NAE_ERA_R-1950_Eesti_Ajakirjanike_Liit, lk 91
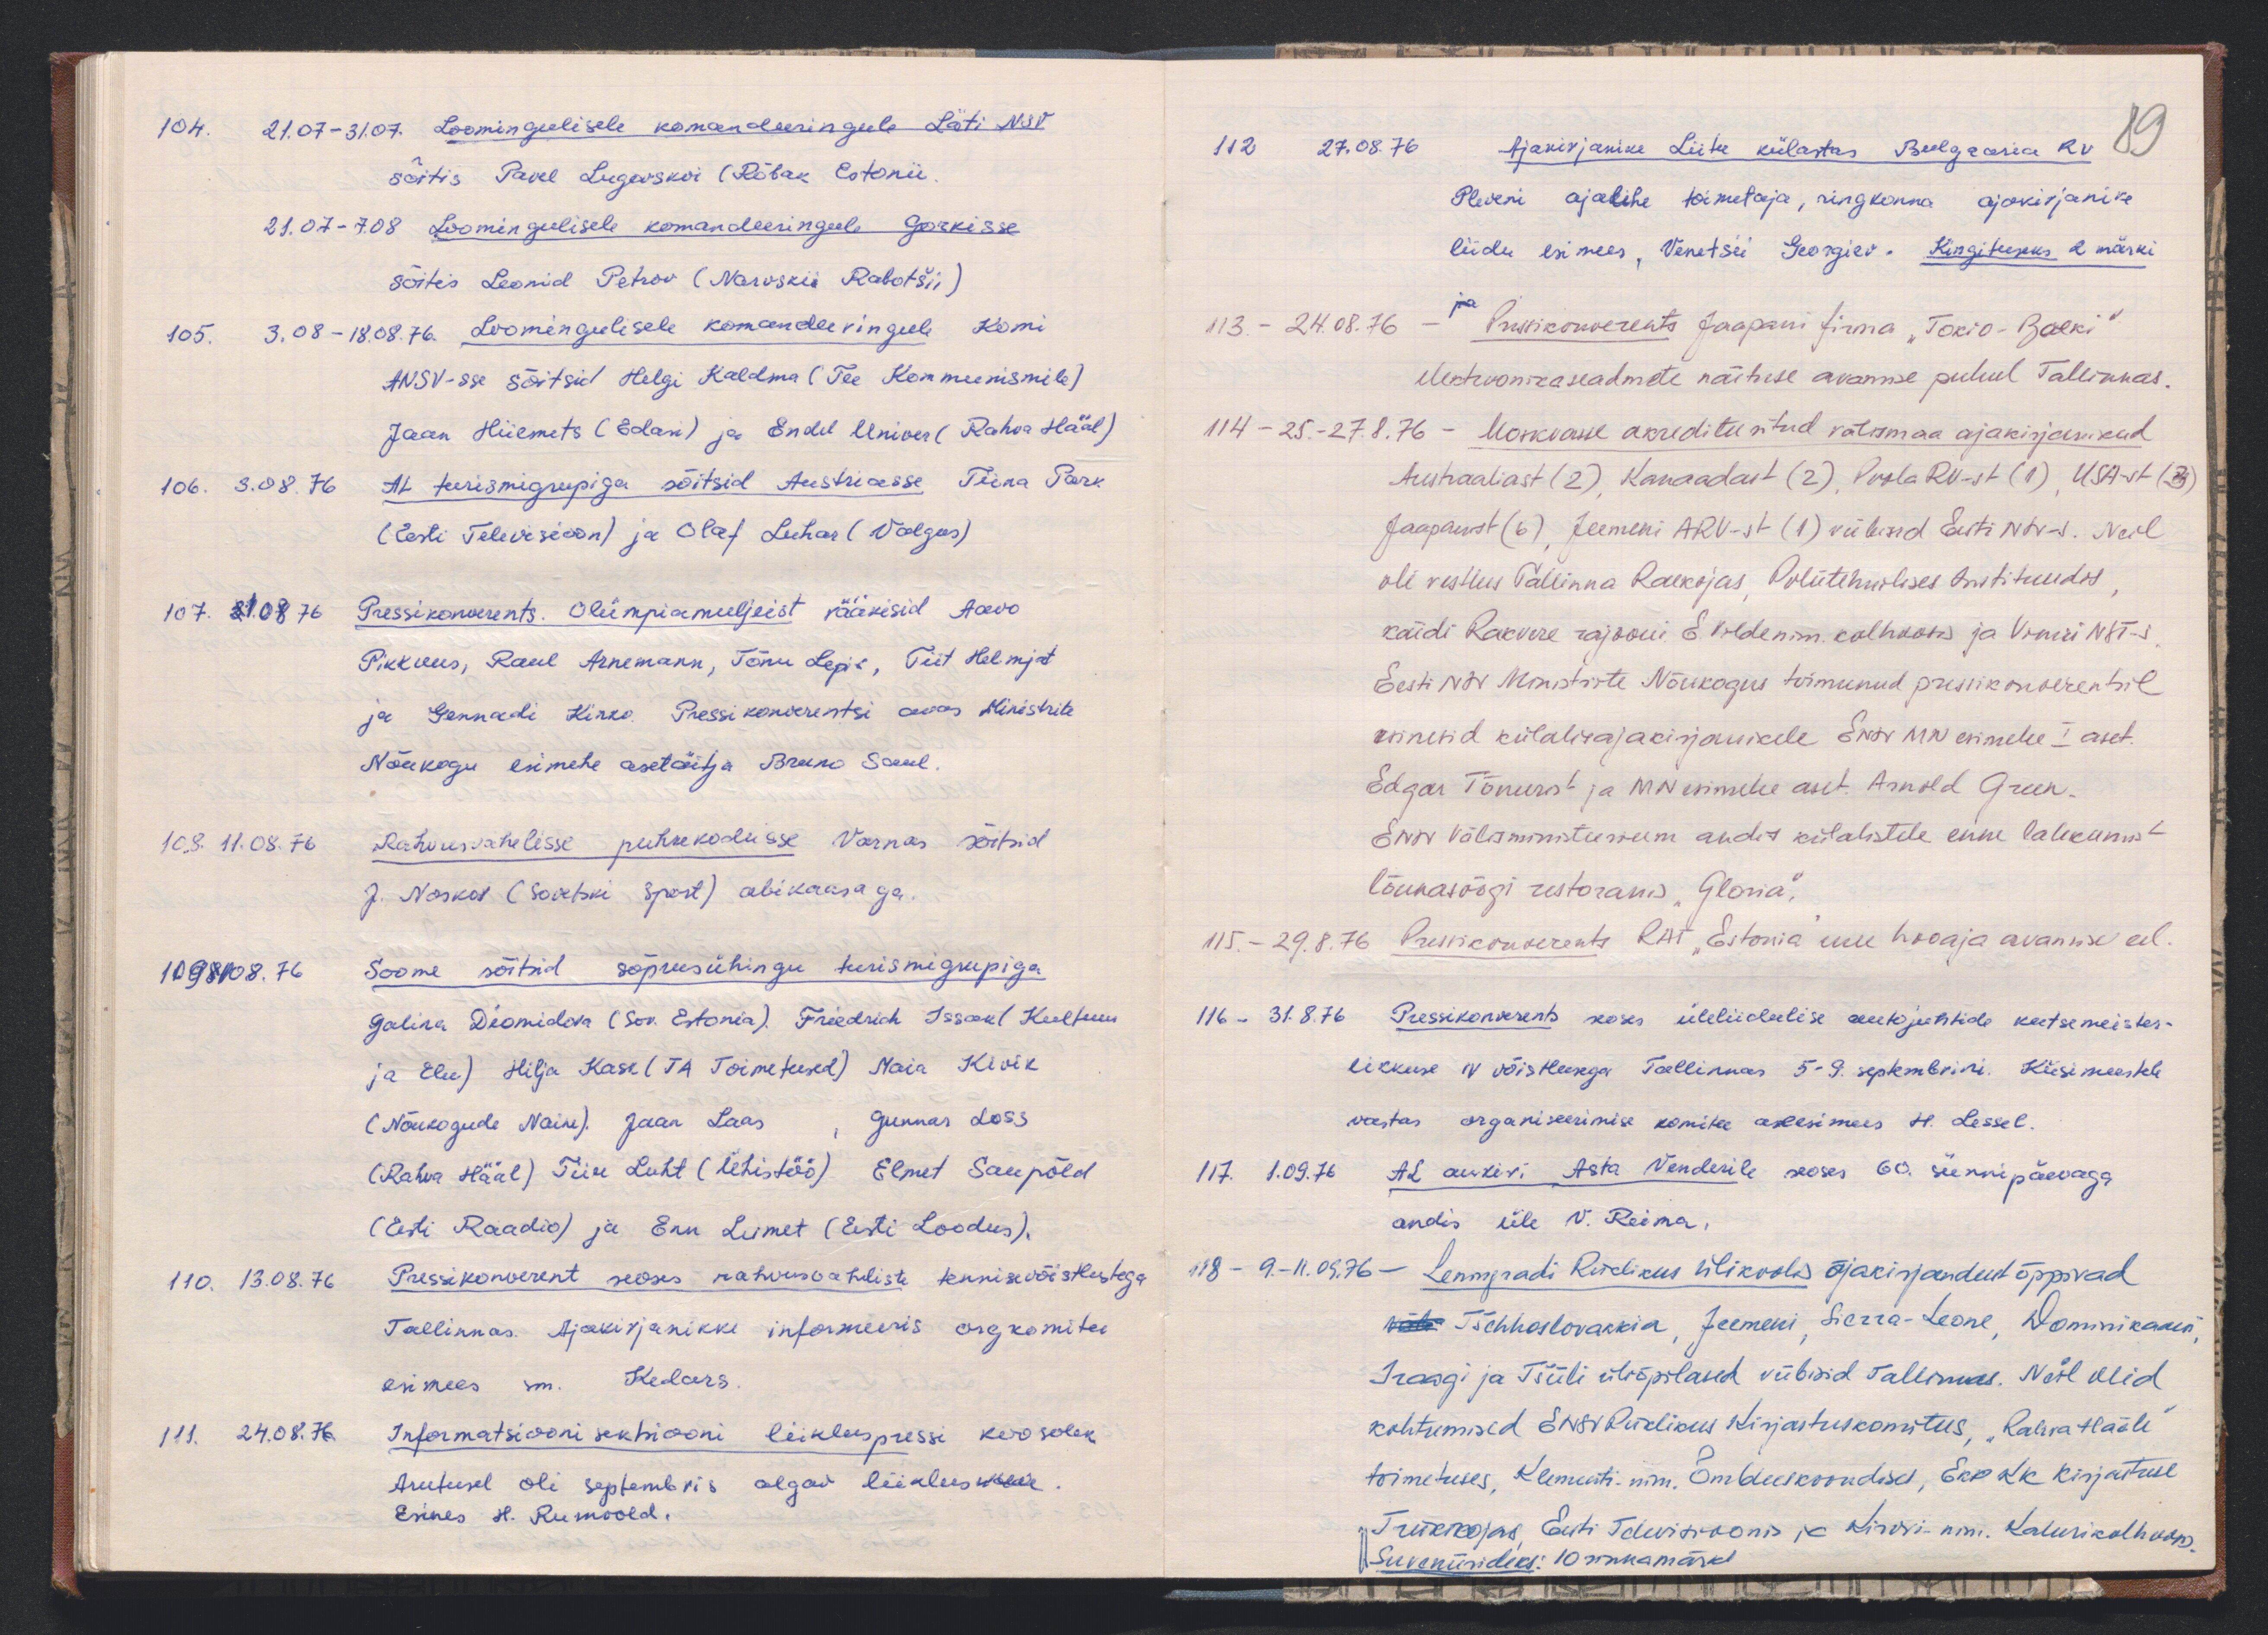
104. 21.07-31.07. Loomingulisele komandeeringule Läti NSV
sõitis Pavel Lugovskoi (Rõbak Estonii.
21.07-7.08 Loomingulisele komandeeringule Gorkisse
sõitis Leonid Petrov (Narvskii Rabotšii)
105. 3.08-18.08.76. Loomingulisele komandeeringule Komi
ANSV-sse sõitsid Helgi Kaldma (Tee Kommunismile)
Jaan Hiiemets (Edasi) ja Endel Univer (Rahva Hääl)
106. 3.08.76 AL turismigrupiga sõitsid Austriasse Tiina Park
(Eesti Televisioon) ja Olaf Luhar (Valgus)
107. 21.08.76 Pressikonvrents. Olümpiamuljeist rääkisid Aavo
Pikkuus, Raul Arnemann, Tõnu Lepik, Tiit Helmjat
ja Gennadi Kinko. Pressikonverentsi avas Ministrite
Nõukogu esimehe asetäitja Bruno Saul
108. 11.08.76 Rahvusvahelisse puhkekodusse Varnas võitsid
J. Noskov (Sovetski Sport) abikaasaga.
109 21.08.76 Soome sõitsid sõprusühingu turismigrupiga
Galina Diomidova (Sov. Estonia). Friedrich Issak (Kultuur
ja Elu) Hilja Kase (TA Toimetused) Maia Kivik
(Nõukogude Naine). Jaan Laas, Gunnar Loss
(Rahva Hääl) Tiiu Luht (Ühistöö) Elmet Saupõld
(Eesti Raadio) ja Enn Lumet (Eesti Loodus),
110. 13.08.76 Pressikonverent seoses rahvusvaheliste tennisevõistlustega
Tallinnas Ajakirjanikke informeeris orgkomitee
esimees sm. Kedars.
111. 24.08.76 Informatsioonisektsiooni liikluspressi koosolek
Arutusel oli septembris algav liiklus välle
Esines H. Rumvold.

112 27.08.76 Ajakirjanike Liitu külastas Bulgaaria RV
89
Pleveni ajalehe toimetaja, ringkonna ajakirjanike
liidu esimees, Venetsii Georgiev. Kirgituseks 2 märki
113. - 24.08.76 ja Pressikonverents Jaapani firma "Tokio-Boeki"
elektroonikaseadmete näituse avamise puhul Tallinnas.
114 - 25.-27.8.76 - Moskvasse akrediteeritud välismaa ajakirjanikud
Austraaliast (2), Kanaadast (2) Poola RV-st (1), USA-st (3)
Jaapanist (6), Jeemeni ARV-st (1) viibisid Eesti NSV-s. Neil
oli vestlus Tallinna Raekojas, Polütehnilises Instituudis,
käidi Rakvere rajooni E. Vilde nim. kolhoosis ja Vinni NST-s.
Eesti NSV Ministrite Nõukogus toimunud pressikonverentsil
esinesid külalisajakirjanikele ENSV MN esimehe I aset.
Edgar Tõnurist ja MN esimehe aset Arnold Green.
ENSV välisministeerium andis külalistele enne lahkumist
lõunasöögi restoranis "Gloria",
115. - 29.8.76 Pressikonverents RAT "Estonia" uue hooaja avamise eel.
116. - 31.8.76 Pressikonverents seoses üleliidulise autojuhtide kutsemeister-
likkuse IV võistlusega Tallinnas 5-9. septembrini. Küsimustele
vastas organiseerimise komitee aseesimees H. Lessel.
117. 1.09.76 AL aukivi Asta Venderile seoses 60. sünnipäevaga
andis üle V. Reima,
118 - 9.-11.09.76 - Leningradi Riiklikus ülikoolis ajakirjandust õppivad
Tšehhoslovakkia, Jeemeni, Sierra-Leone, Dominikaani
Iraagi ja Tšiili üliõpilased viibisid Tallinnas. Neil olid
kohtumised ENSV Riiklikus Kirjastuskomitees, "Rahva Hääle"
toimetuses, Klementi-nim. Õmbluskoondises, EKP KK kirjatuse
Trükikojas, Eesti Televisioonis ja Kirovi-nim. Kalurikolhoosis
Suveniirideks: 10 rinnamärki